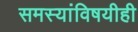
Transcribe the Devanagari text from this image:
समस्यांविषयीही